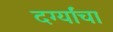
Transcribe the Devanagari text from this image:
दर्ग्यांचा